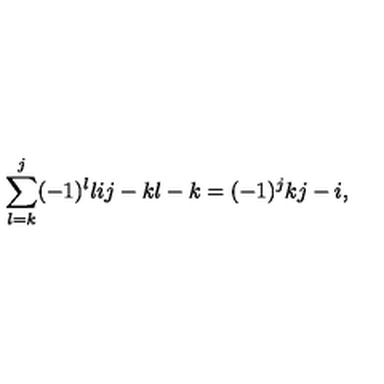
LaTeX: \sum _ { l = k } ^ { j } ( - 1 ) ^ { l } { \binom { l } { i } } { \binom { j - k } { l - k } } = ( - 1 ) ^ { j } { \binom { k } { j - i } } ,